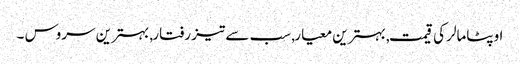
اوپٹامالر کی قیمت, بہترین معیار, سب سے تیز رفتار, بہترین سروس ۔